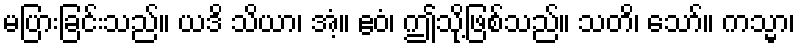
မပြားခြင်းသည်။ ယဒိ သိယာ၊ အံ့။ ဧဝံ၊ ဤသို့ဖြစ်သည်။ သတိ၊ သော်။ ကသ္မာ၊